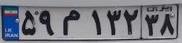
۵۹م۱۳۲۳۸